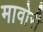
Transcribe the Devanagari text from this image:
मावोरी